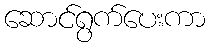
ဆောင်ရွက်ပေးကာ